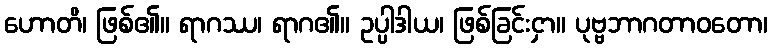
ဟောတိ၊ ဖြစ်၏။ ရာဂဿ၊ ရာဂ၏။ ဥပ္ပါဒါယ၊ ဖြစ်ခြင်းငှာ။ ပုဗ္ဗဘာဂတာဝတော၊